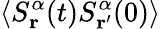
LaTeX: \langle S_{\mathbf{r}}^{\alpha}(t)S_{\mathbf{r^{\prime}}}^{\alpha}(0)\rangle